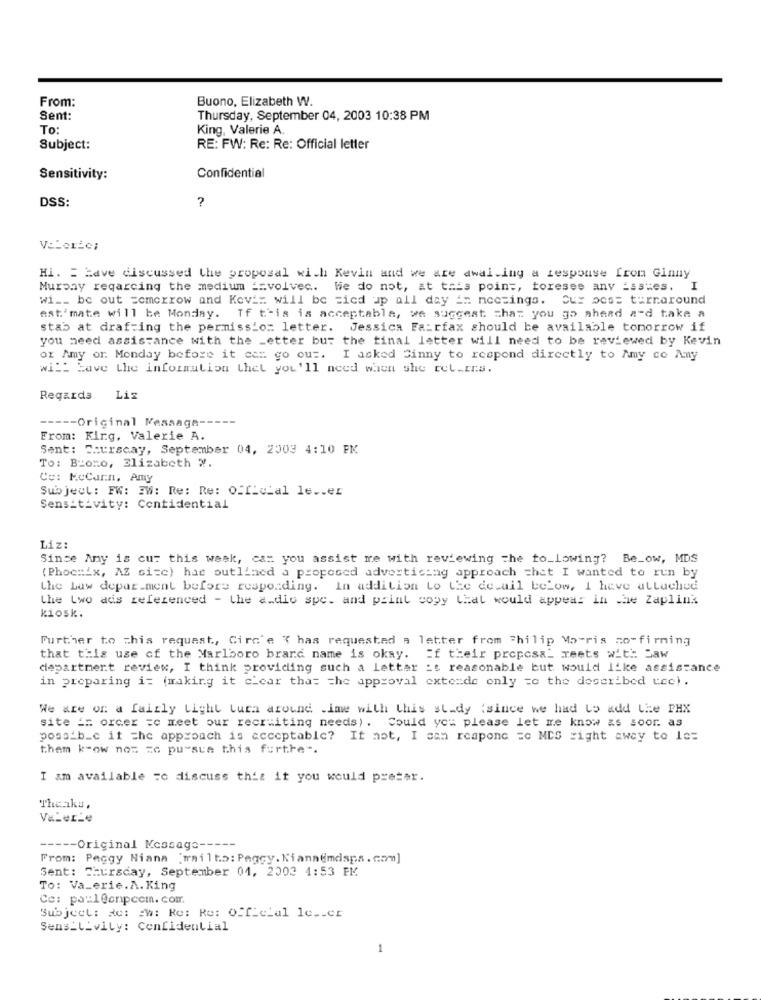
From:
Buono, Elizabeth W.
Sent:
Thursday, September 04, 2003 10:38 PM
To:
King, Valerie A
Subject:
RE: FW: Re: Re: Official letter
Sensitivity:
Confidential
?
DSS:
VELerie;
Hi. = Have discussed the proposal with Kevin and we are dwaling a response from Ginny
Muroay reqarcing the medium == volvec. We do not, at this point, toresee any issues. I
wi __ be out =cmerrow and Kevix will be tied up all day in meetings. Eux pos= turnaround
estimate will be Monday. If this is acceptable, we suggest that you go ahead a-d take a
stab at draf-ing the permission letter. Jessica Fairfax should be available tomorrow if
you need assistance with the _etter but the tinal letter will need to be reviewed by Kevin
or Amy or Monday before it can go out. I asked Cinny to respond directly to Amy co Any
will Have the information thel you'll need when she rel.fr.s.
Regards
Lis
----- Original Message --
From: King, Valerie A.
Sent: Courscay, September 04, 2503 4:10 FM
To: Bromo, Elizabeth W.
Co: MeCarn, Amy
Subject : FW: 2W: Re: Re: Official le .. er
Sensitivity: Contidential
Liz:
Since Any is cut this week, cat you assist re with reviewing the to_lowing? Be_ow, MDS
(Phoenix, AZ size) hat outlined a proposed advertising approach =het I wanted to run by
the Law depar.ment before responding. In addition to the de.ail below, I heve attached
the two ads referenced - the c.dio spe. and print copy that would appear in the Zaplink
kiosk.
Further to this request, Circ'e { has requested a letter from "hilip Morris comfirming
that this use of the Marlboro brand name is okay. If their proposal meets with Daw
department review, I think providing such a Letter :s reasonable but would like assistance
in preparing i= (making it c'car tha= = he approval cxtende only =c the described tec).
We are of a fairly Light tura around .ime with this study (since we had to add the PHX
site == orcer =c meet our recruiting needs). Could you please let me know as soor. as
possib_c it =he approach is acceptable? It not, I can rcapone =c MCS right away to lo=
them k-ow nos ze pursue this forthe -.
I am available =c discuss thit it you would preter.
The iku,
ValerLe
----- Original Message -----
From: Peggy Niana "mailto: Pagey. Kiannemdsps.com]
Sent: Thursday, September 01, 2003 4:53 EK
To: Va_erie.A. King
Ce: pa:leonpccm. com.
Subject: Re: cw: Re: Re: Official le __ cr
Sens_L_vily: Confidential
1